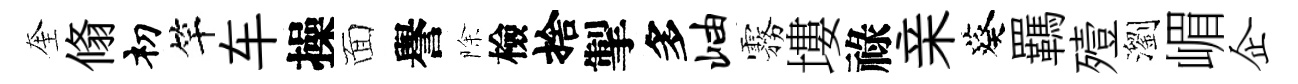
奎翛𥘉竿车操面譽除檢捨掣多岫霧塿祿亲葵羈殪瀏嵋企